Civil Veterinary Department. Madras. Admin. report 1926-33 - 1926-1933
Year: 1926
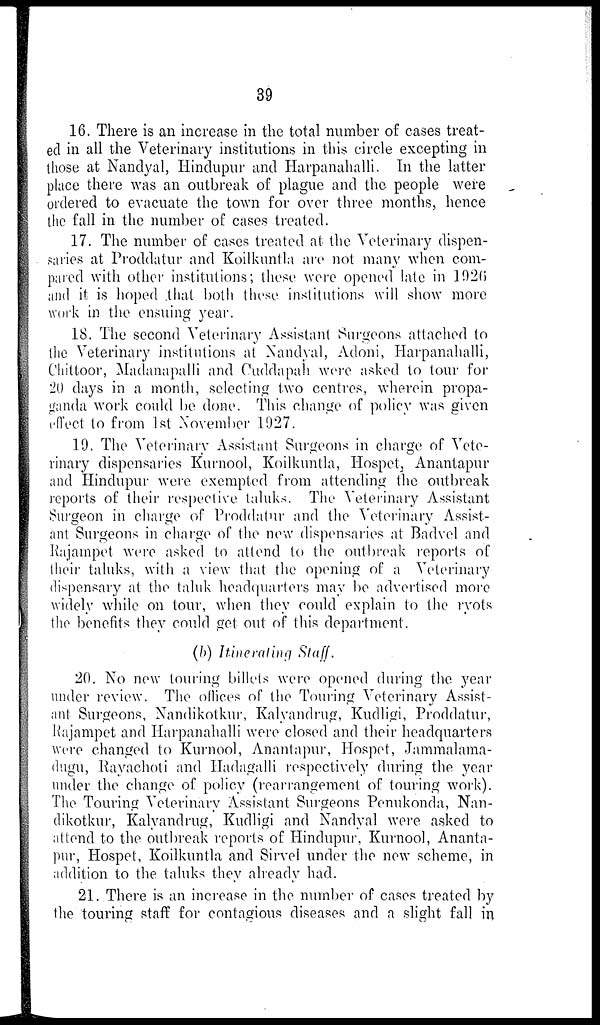
39
16. There is an increase in the total number of cases treat-
ed in all the Veterinary institutions in this circle excepting in
those at Nandyal, Hindupur and Harpanahalli. In the latter
place there was an outbreak of plague and the people were
ordered to evacuate the town for over three months, hence
the fall in the number of cases treated.
17. The number of cases treated at the Veterinary dispen-
saries at Proddatur and Koilkuntla are not many when com-
pared with other institutions; these were opened late in 1020
and it is hoped that both these institutions will show more
work in the ensuing year.
18. The second Veterinary Assistant Surgeons attached to
the Veterinary institutions at Nandyal, Adoni, Harpanahalli,
Chittoor, Madanapalli and Cuddapah were asked to tour for
20 days in a month, selecting two centres, wherein propa-
ganda work could be done. This change of policy was given
effect to from 1st November 1927.
19. The Veterinary Assistant Surgeons in charge of Vete-
rinary dispensaries Kurnool, Koilkuntla, Hospet, Anantapur
and Hindupur were exempted from attending the outbreak
reports of their respective taluks. The Veterinary Assistant
Surgeon in charge of Proddatur and the Veterinary Assist-
ant Surgeons in charge of the new dispensaries at Badvel and
Rajampet were asked to attend to the outbreak reports of
their taluks, with a view that the opening of a Veterinary
dispensary at the taluk headquarters may be advertised more
widely while on tour, when they could explain to the ryots
the benefits they could get out of this department".
(b) Itinerating Staff.
20. No new touring billets were opened during the year
under review. The offices of the Touring Veterinary Assist-
ant Surgeons, Nandikotkur, Kalyandrug, Kudligi, Proddatur,
Rajampet and Harpanahalli were closed and their headquarters
were changed to Kurnool, Anantapur, Hospet, Jammalama-
dugu, Rayachoti and Hadagalli respectively during the year
under the change of policy (rearrangement of touring work).
The Touring Veterinary Assistant Surgeons Penukonda, Nan-
dikotkur, Kalyandrug, Kudligi and Nandyal were asked to
attend to the outbreak reports of Hindupur, Kurnool, Ananta-
pur, Hospet, Koilkuntla and Sirvel under the new scheme, in
addition to the taluks they already had.
21. There is an increase in the number of cases treated by
the touring staff for contagious diseases and a slight fall in